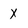
Character: x